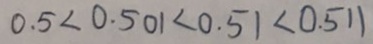
0 . 5 < 0 . 5 0 1 < 0 . 5 1 < 0 . 5 1 1